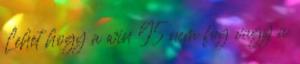
Lehet hogy a win 95 nem fog vagy a